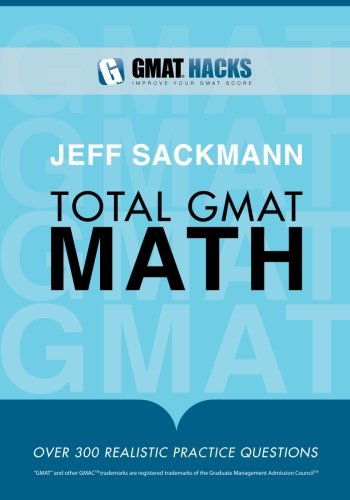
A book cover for Total GMAT Math; Jeff Sackmann; Test Preparation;